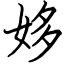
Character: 姼